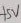
Text: +5V